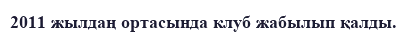
2011 жылдаң ортасында клуб жабылып қалды.